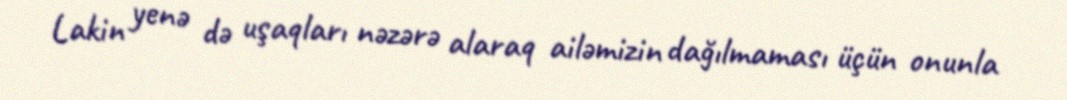
Lakin yenə də uşaqları nəzərə alaraq ailəmizin dağılmaması üçün onunla